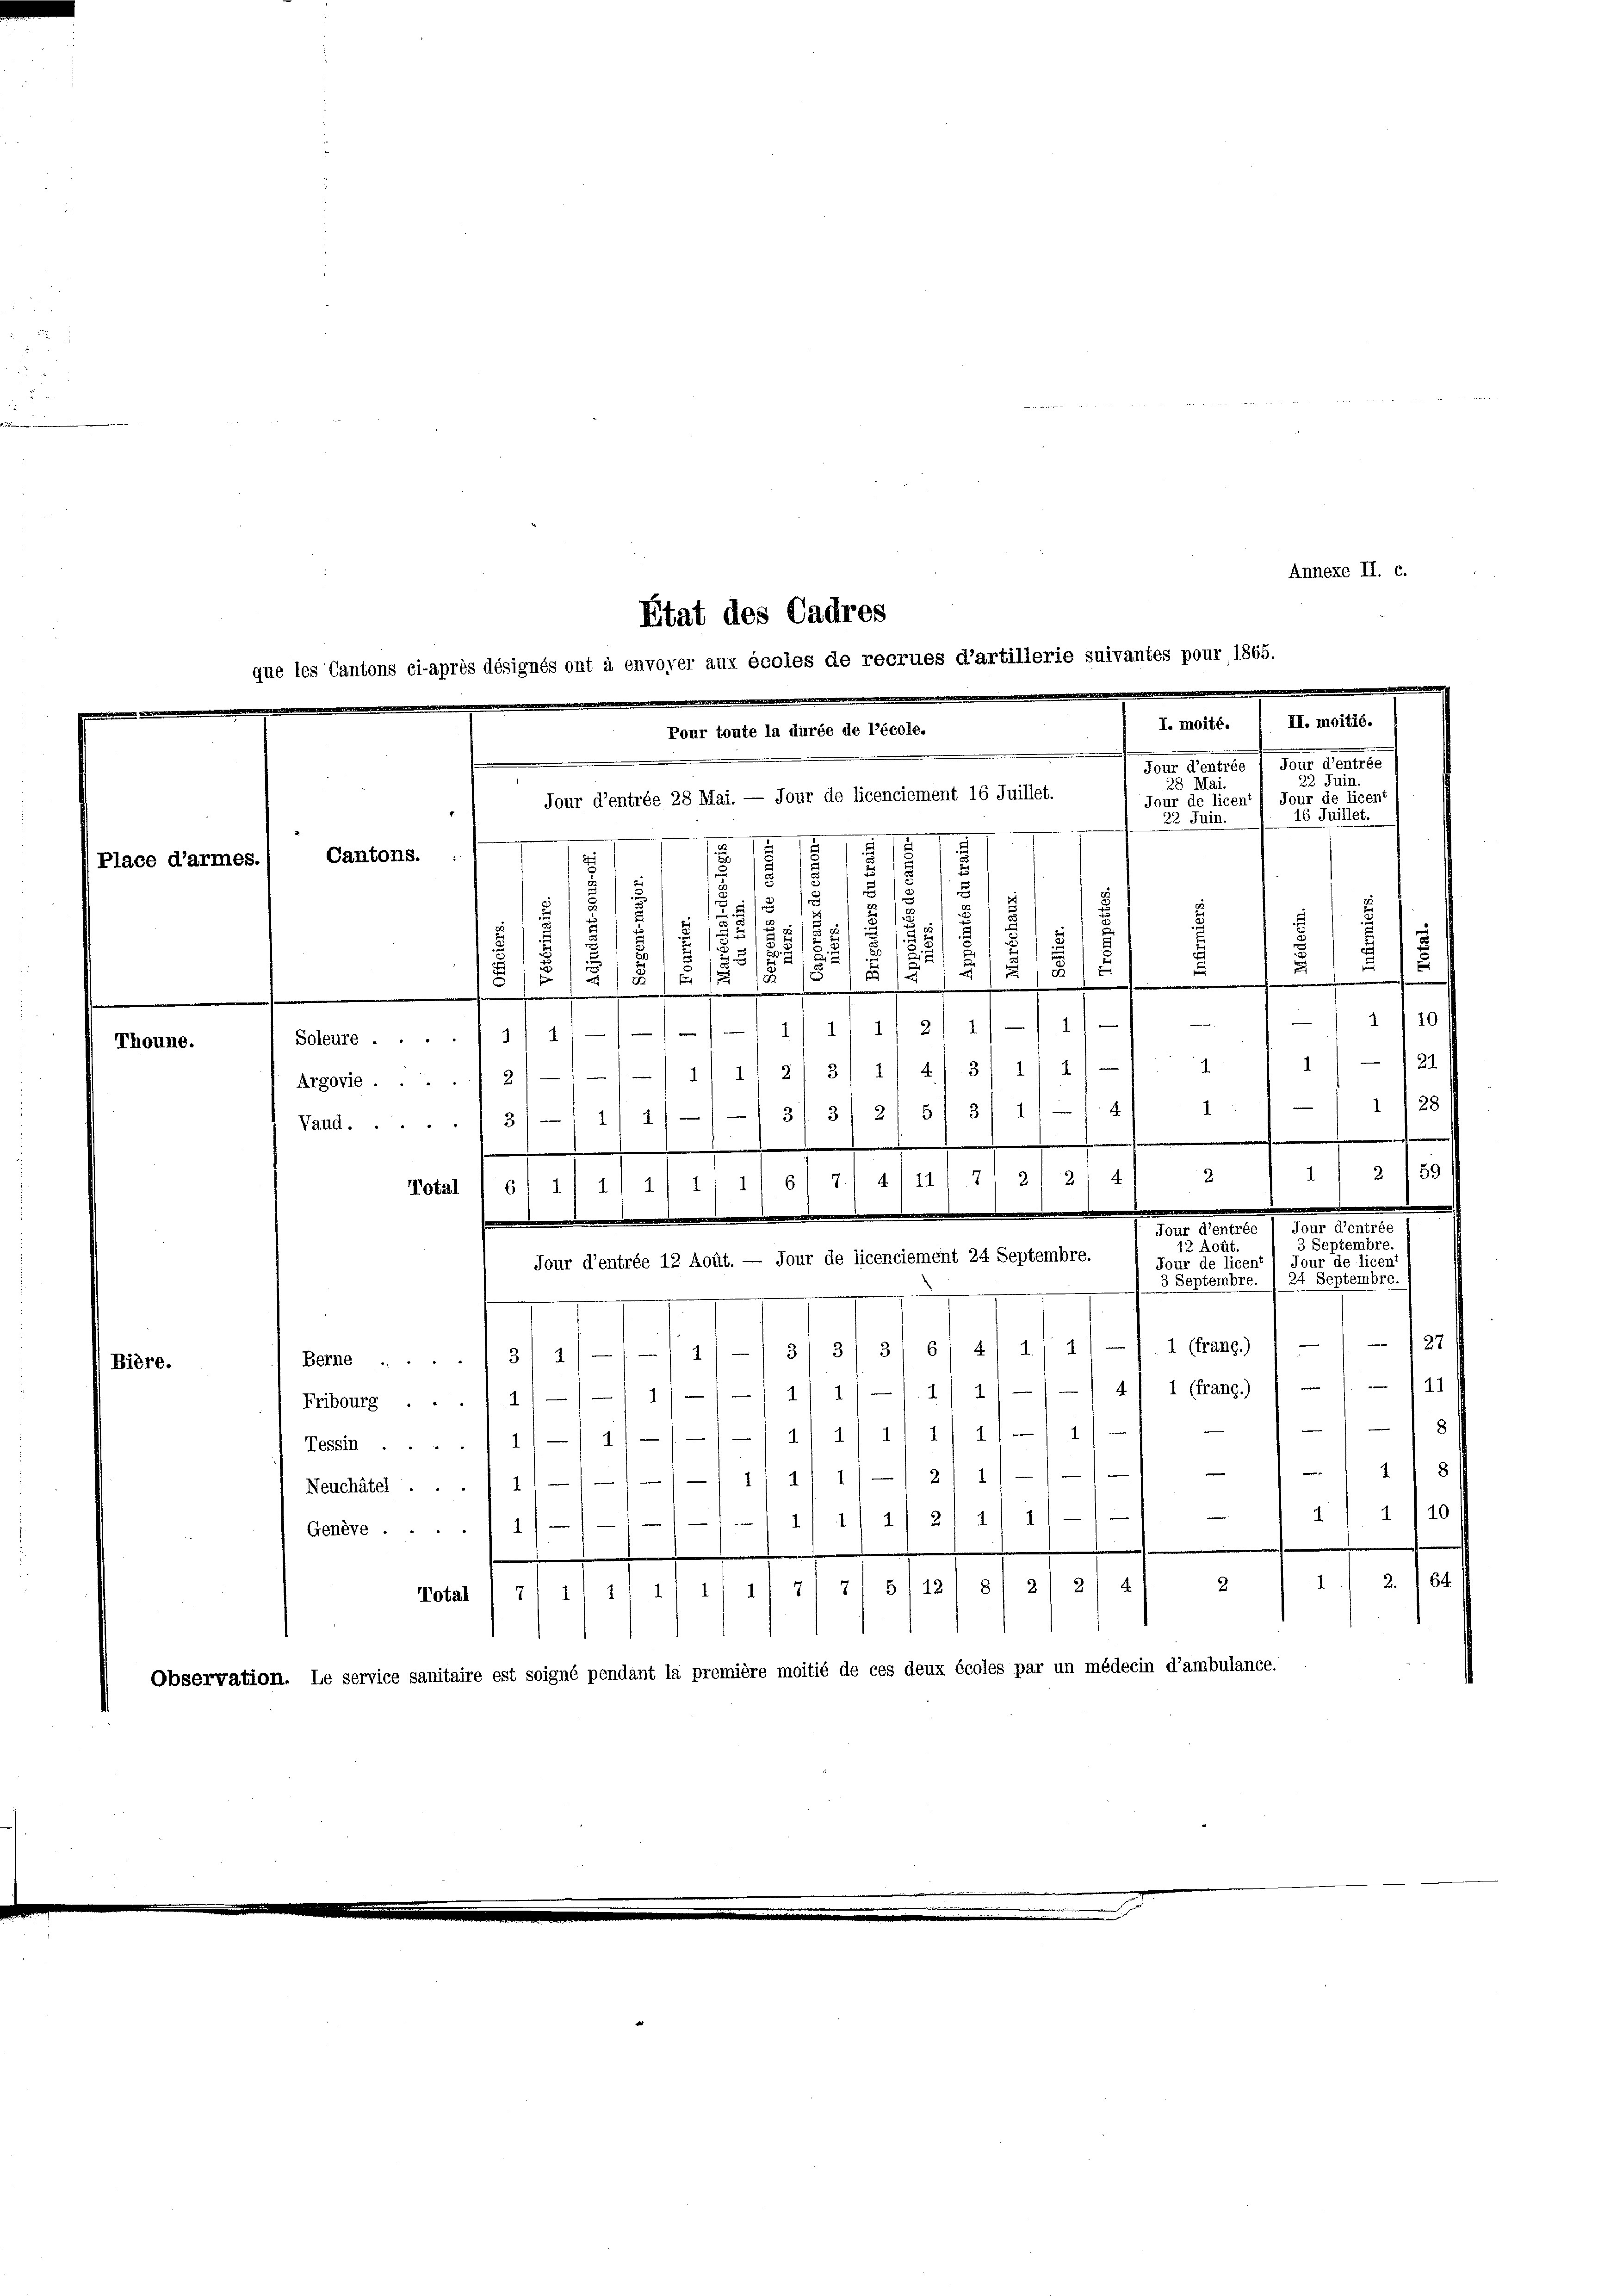
Place d’armes.

Thoune.

dro.

Annexe II. c.

¬
.
4
1) 21 1
1
Soleure ....11/ i////
211/12
Argove 2/11—111 1/213/ 1/4/3/ 1 1/
1/28
.
3
Vaud..... 131—11/11//3/ 3/ 2/ 5
.
2/591
2
4
4) 111 7
2.1 2) 111 5/7.
2
2.
Total 1 61 1
Jour d’entrée 12 Août. — Jour de licenciement 24 Septembre.
27
3/ 6) 4) i/1) — 1 (kans.)
3
Berne 31 2/—/-11) — 3
11—1—11/1//7/ 1/// 41 1 (kang) 1 — 1. — 121
Fribourg ... 1
8
Tessin 1/1 11/11 11 11 11 1/ 1/1 11
18
e
|
/1/4/11/11
Neuchâtel ... 1
w
1/10
1
d. d. d. 221 n 1
—
Genève
1
2 84
1111 371 51121 8/ 2/ 2, 4/ 2
2
Total (7
Observation. Le service sanitaire est soigné pendant la première moitié de ces deux écoles par un médecin d’ambulance.

Etat des Cadres
que les Cantons ci-après désignés ont à envoyer aux écoles de recrues d’artillerie suivantes pour 1865.
I. moité. / II. moitié.
Pour toute la durée de l’école.
.
dore Partier 1. Der Staate
23 Juin.
28 Mai.
Jour d’entrée 28 Mai. — Jour de licenciement 16 Juillet.
Jour de licen“) Jour de licent
16. Juillet.
32 Juin.
A
2
.
Cantons.
1
7
§. 13.
:
d
u
u
2
s
2
2

/8
s
2
5
u
f
f
.
5
u
)
§ 1

E
s
u
m
2
110

1

Fehr aber 1. d. d.
3 Septembre.
Août.
Jour de licent Jour de licent
3 Septembre. 1 24 Septembre